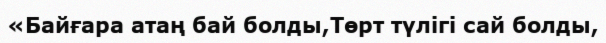
«Байғара атаң бай болды,Төрт түлігі сай болды,